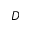
D